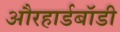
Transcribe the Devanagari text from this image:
औरहार्डबॉडी